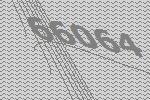
66064